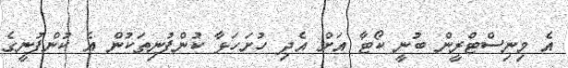
އެ މިނިސްޓްރީން ބުނީ ކޯޓާ އަށް އެދި ހުށަހަޅާ ކުންފުނިތަކުން އެ ކުންފުނީގެ